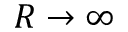
R \to \infty